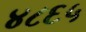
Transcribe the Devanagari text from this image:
४८६५